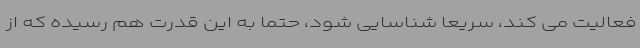
فعالیت می کند، سریعا شناسایی شود، حتما به این قدرت هم رسیده که از